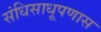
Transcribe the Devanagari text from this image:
संधिसाधूपणास